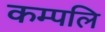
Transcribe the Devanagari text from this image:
कम्पलि